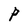
Character: P